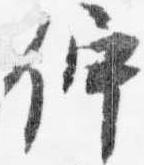
佇